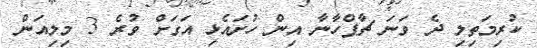
ކުރިމަތިލި ދެ ވަނަ ޗާޕްހާނާ އިން ހުށައެޅި އަގަށް ވުރެ 3 މިލިއަން